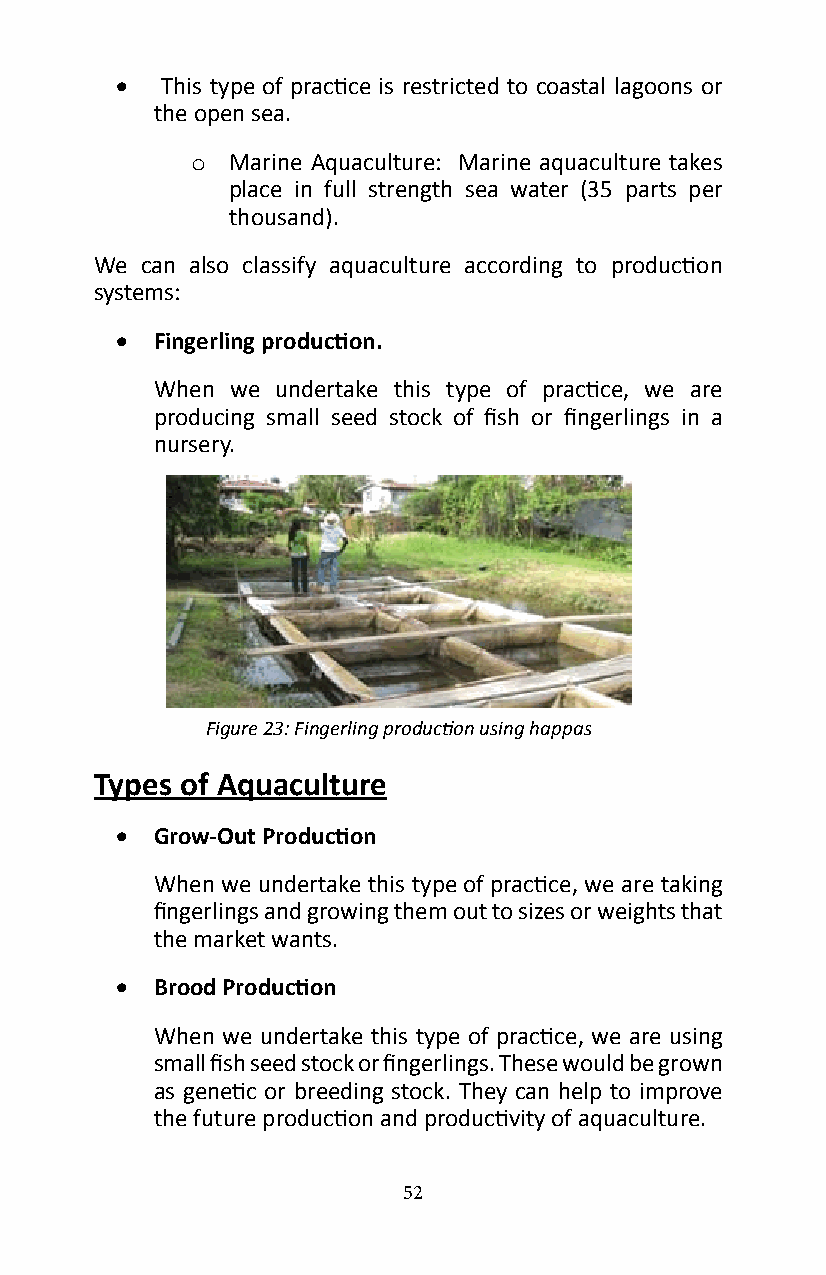
•  This type of practice is restricted to coastal lagoons or
 the open sea�
 Marine Aquaculture: Marine aquaculture takes
 o
 place in full strength sea water (35 parts per
 thousand).
 We can also classify aquaculture according to production
 systems:
 • Fingerling production.
 When we undertake this type of practice, we are
 producing small seed stock of fish or fingerlings in a
 nursery�
 Figure 23: Fingerling production using happas
 Types of Aquaculture
 • Grow-Out Production
 When we undertake this type of practice, we are taking
 fingerlings and growing them out to sizes or weights that
 the market wants�
 • Brood Production
 When we undertake this type of practice, we are using
 small fish seed stock or fingerlings. These would be grown
 as genetic or breeding stock. They can help to improve
 the future production and productivity of aquaculture.
 52